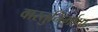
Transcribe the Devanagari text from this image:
वास्तुनिर्माण